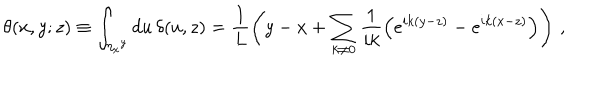
LaTeX: \theta ( x , y ; z ) \equiv \int _ { \eta _ { x } { } ^ { y } } d u \, \delta ( u , z ) = \frac { 1 } { L } \left( y - x + \sum _ { k \ne 0 } \frac { 1 } { i k } \left( e ^ { i k ( y - z ) } - e ^ { i k ( x - z ) } \right) \right) \, ,